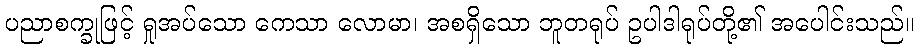
ပညာစက္ခုဖြင့် ရှုအပ်သော ကေသာ လောမာ၊ အစရှိသော ဘူတရုပ် ဥပါဒါရုပ်တို့၏ အပေါင်းသည်။